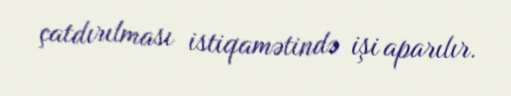
çatdırılması istiqamətində işi aparılır.